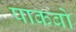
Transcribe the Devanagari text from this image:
पाकबो